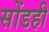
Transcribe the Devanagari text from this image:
सोंडही